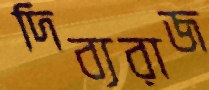
দিব্যরাজ